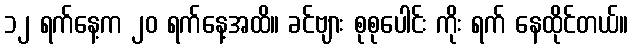
၁၂ ရက်နေ့က ၂၀ ရက်နေ့အထိ။ ခင်ဗျား စုစုပေါင်း ကိုး ရက် နေထိုင်တယ်။